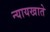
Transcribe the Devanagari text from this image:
न्यायखाते